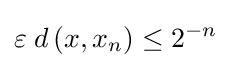
\varepsilon \;d\left(x,x_{n}\right)\leq 2^{-n}